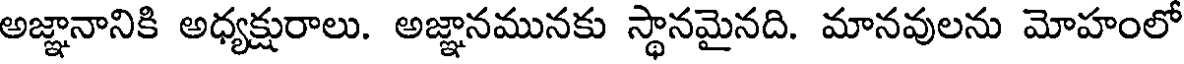
అజ్ఞానానికి అధ్యక్షురాలు. అజ్ఞానమునకు స్థానమైనది. మానవులను మోహంలో